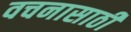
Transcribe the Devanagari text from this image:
वचनासाठी